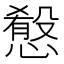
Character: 𢡯